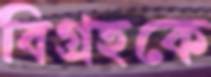
বিগ্রহকে